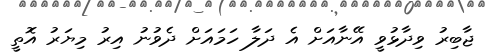
ޖާބިރު ވިދާޅުވީ އޭނާއަށް އެ ދަލާ ހަމައަށް ދެވުނު އިރު މިޔަރު އޮތީ